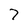
Character: 7